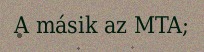
A másik az MTA;